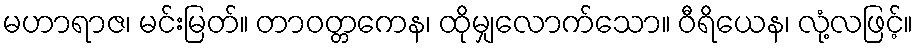
မဟာရာဇ၊ မင်းမြတ်။ တာဝတ္တကေန၊ ထိုမျှလောက်သော။ ဝီရိယေန၊ လုံ့လဖြင့်။